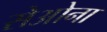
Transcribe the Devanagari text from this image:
सेओना